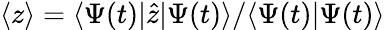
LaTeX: \langle z\rangle=\langle\Psi(t)|\hat{z}|\Psi(t)\rangle/\langle\Psi(t)|\Psi(t)\rangle